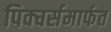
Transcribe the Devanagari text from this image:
पिक्चर्समार्फत